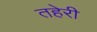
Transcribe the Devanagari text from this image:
तहेरी